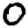
Digit: 0